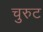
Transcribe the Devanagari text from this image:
चुरुट